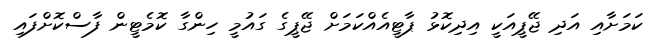
ކަމަށާއި އަދި ޖޭޕީއަކީ އިދިކޮޅު ޕާޓީއެއްކަމަށް ޖޭޕީގެ ގައުމީ ހިންގާ ކޮމެޓީން ފާސްކޮށްފައި